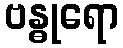
ဗန္ဓုရော